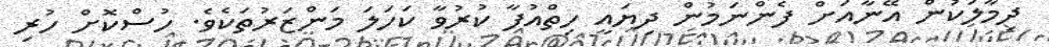
ދިމާލަކުން އޭނާއަށް ފެންނަމުން ދިޔައީ ހިތްއުފާ ކުރުވާ ކަހަލަ މަންޒަރުތަކެވެ. ހުސްކޮށް ހުރި